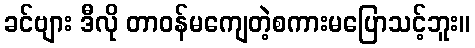
ခင်ဗျား ဒီလို တာဝန်မကျေတဲ့စကားမပြောသင့်ဘူး။